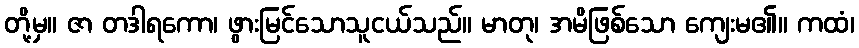
တို့မှ။ ဇာ တဒါရကော၊ ဖွားမြင်သောသူငယ်သည်။ မာတု၊ အမိဖြစ်သော ကျေးမ၏။ ကထံ၊